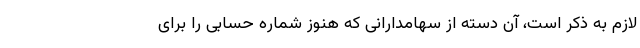
لازم به ذکر است، آن دسته از سهامدارانی که هنوز شماره حسابی را برای